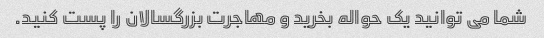
شما می توانید یک حواله بخرید و مهاجرت بزرگسالان را پست کنید.